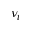
\nu _ { t }